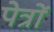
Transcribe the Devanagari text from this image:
पेत्रों